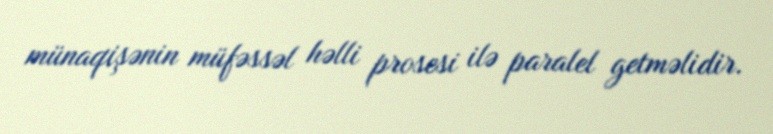
münaqişənin müfəssəl həlli prosesi ilə paralel getməlidir.